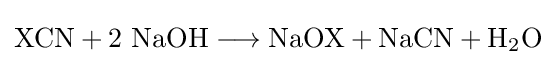
\mathrm {XCN+2\ NaOH\longrightarrow NaOX+NaCN+H_{2}O}